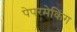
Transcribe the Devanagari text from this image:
पेपरमेकिंग